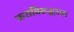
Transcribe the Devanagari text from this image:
कराविरुद्धच्या